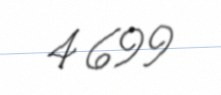
4 699